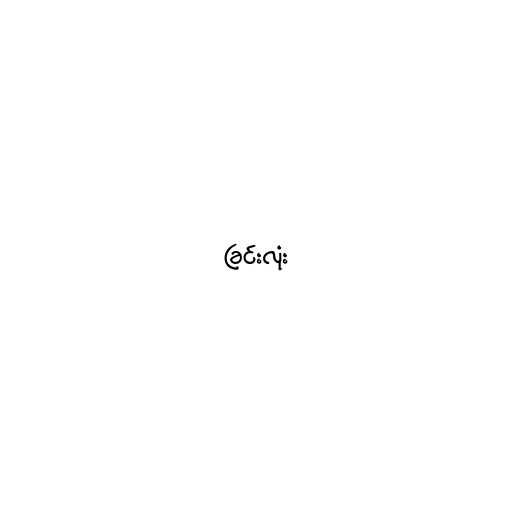
ခြင်းလုံး